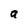
Character: a